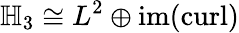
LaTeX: \mathbb{H}_{3}\cong L^{2}\oplus\operatorname{im}(\operatorname{curl})